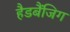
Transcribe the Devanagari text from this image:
हैडबैंजिग